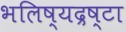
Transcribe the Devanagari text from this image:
भलिष्यद्रष्टा